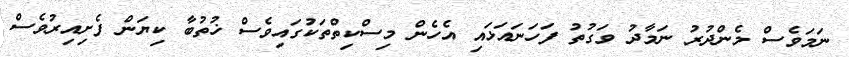
ނަމަވެސް މެންދުރު ނަމާދު ވަގުތު ފަހަނައަޅައި އެހެން މިސްކިތްތަކުގައިވެސް ޚުތުބާ ކިޔަން ފެށިއިރުވެސް